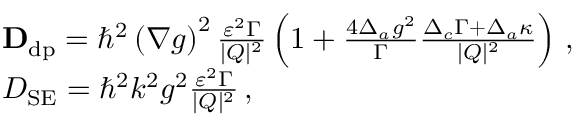
\begin{array} { r l } & { { \bf D } _ { \mathrm { d p } } = \hbar ^ { 2 } \left( \nabla g \right) ^ { 2 } \frac { \varepsilon ^ { 2 } \Gamma } { | Q | ^ { 2 } } \left( 1 + \frac { 4 \Delta _ { a } g ^ { 2 } } { \Gamma } \frac { \Delta _ { c } \Gamma + \Delta _ { a } \kappa } { | Q | ^ { 2 } } \right) \, , } \\ & { D _ { \mathrm { S E } } = \hbar ^ { 2 } k ^ { 2 } g ^ { 2 } \frac { \varepsilon ^ { 2 } \Gamma } { | Q | ^ { 2 } } \, , } \end{array}